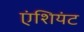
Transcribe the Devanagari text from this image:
एंशियंट